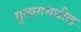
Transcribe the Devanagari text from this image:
गुलागमधील